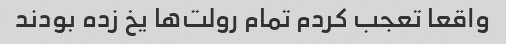
واقعا تعجب کردم تمام رولت‌ها یخ زده بودند